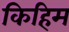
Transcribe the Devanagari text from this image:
किहिम